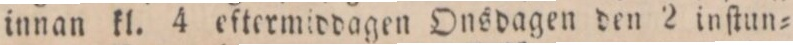
innan kl. 4 eftermiddagen Onsdagen den 2 in ſtun=